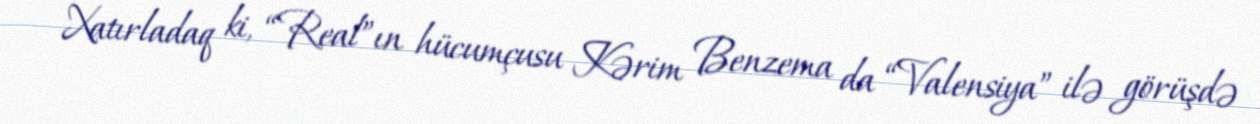
Xatırladaq ki, “Real”ın hücumçusu Kərim Benzema da “Valensiya” ilə görüşdə